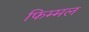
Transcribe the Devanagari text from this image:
फिम्मल